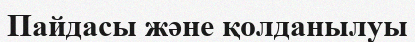
Пайдасы және қолданылуы